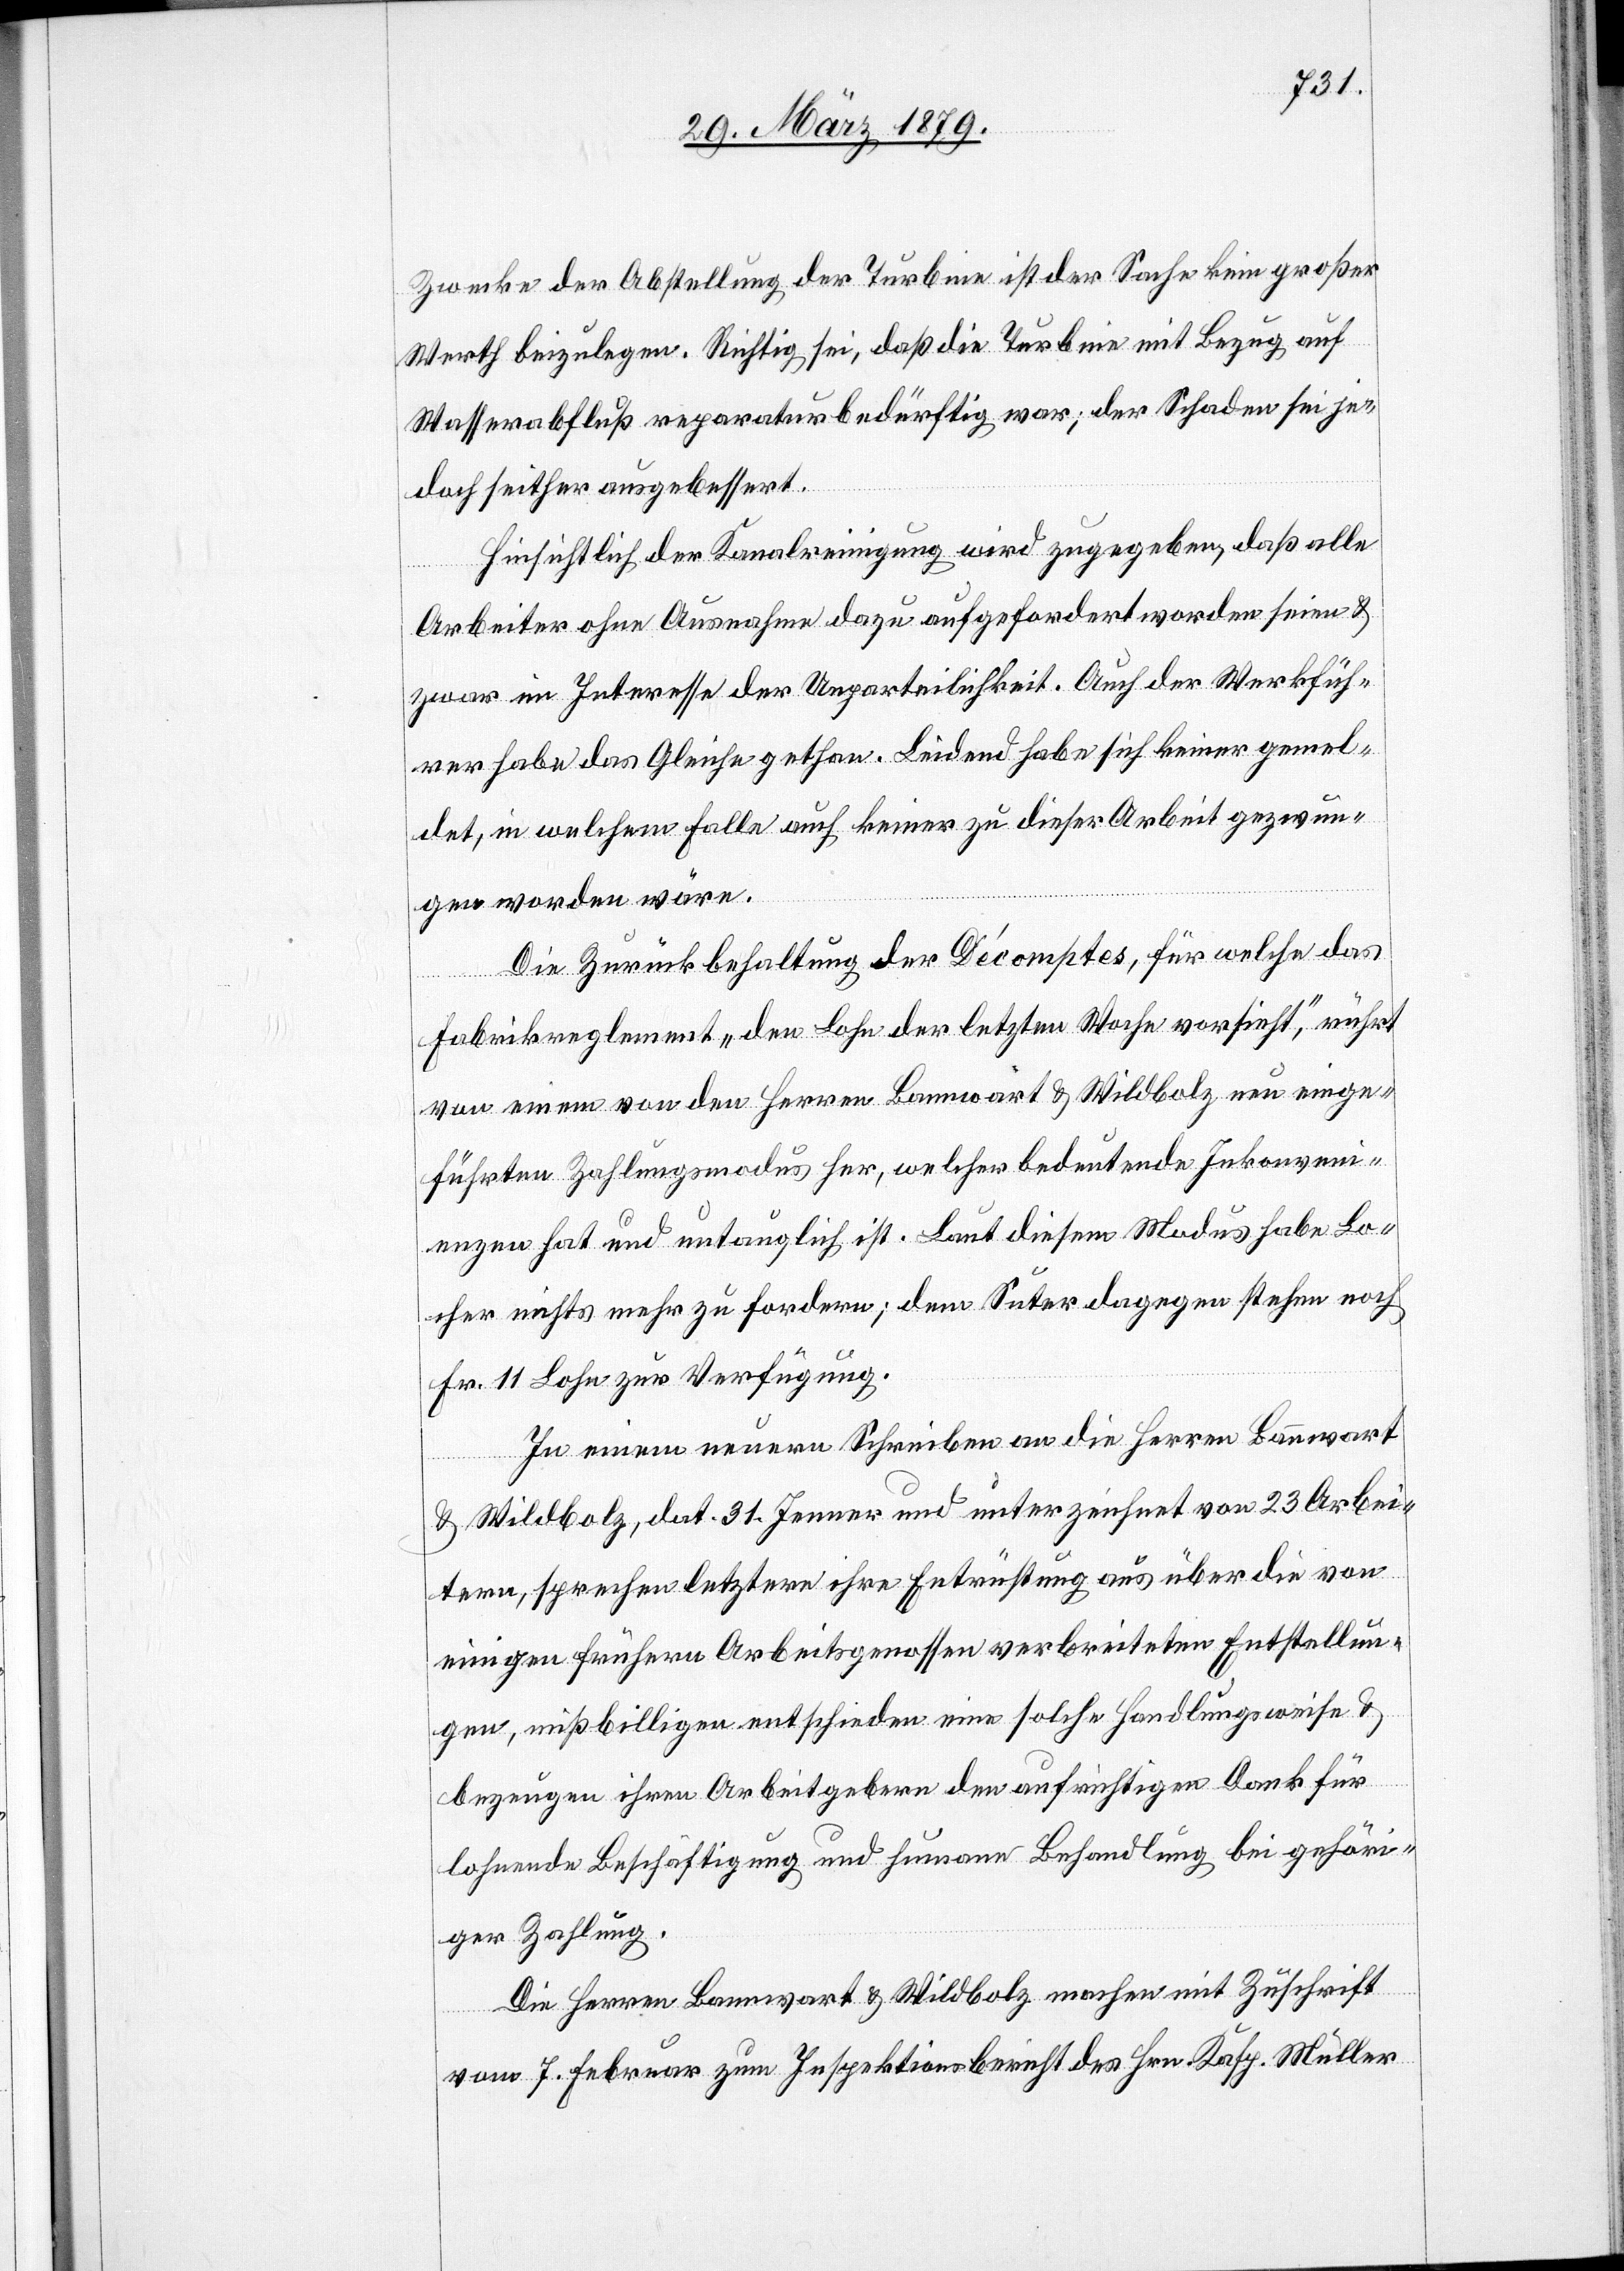
Zwecke der Abstellung der Turbine ist der Sache kein großer
Werth beizulegen. Richtig sei, daß die Turbine mit Bezug auf
Wasserabfluß reparaturbedürftig war; der Schaden sei je¬
doch seither ausgebessert.
Hinsichtlich der Kanalreinigung wird zugegeben, daß alle
Arbeiter ohne Ausnahme dazu aufgefordert worden seien &
zwar im Interesse der Unparteilichkeit. Auch der Werkfüh¬
rer habe das Gleiche gethan. Leidend habe sich keiner gemel¬
det, in welchem Falle auch keiner zu dieser Arbeit gezwun¬
gen worden wäre.
Die Zurückbehaltung der Décomptes, für welche das
Fabrikreglement „den Lohn der letzten Woche vorsieht“, rührt
von einem von den Herren Bannwart & Wildbolz neu einge¬
führten Zahlungsmodus her, welcher bedeutende Inkonveni¬
enzen hat und untauglich ist. Laut diesem Modus habe Lo¬
cher nichts mehr zu fordern; dem Suter dagegen stehen noch
Fr. 11 Lohn zur Verfügung.
In einem neuen Schreiben an die Herren Bannwart
& Wildbolz, dat. 31. Jenner und unterzeichnet von 23 Arbei¬
tern, sprechen letztere ihre Entrüstung aus über die von
einigen frühern Arbeitsgenossen verbreiteten Entstellun¬
gen, mißbilligen entschieden eine solche Handlungsweise &
bezeugen ihren Arbeitgebern den aufrichtigen Dank für
lohnende Beschäftigung und humane Behandlung bei gehöri¬
ger Zahlung.
Die Herren Bannwart & Wildbolz machen mit Zuschrift
vom 7. Februar zum Inspektionsbericht des Hrn. Kasp. Müller